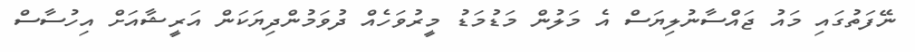
ނޭފަތުގައި މައު ޖައްސާނުލިޔަސް އެ މަލުން މަޑުމަޑު މީރުވަހެއް ދުވަމުންދިޔަކަން އަރީޝާއަށް އިހުސާސް